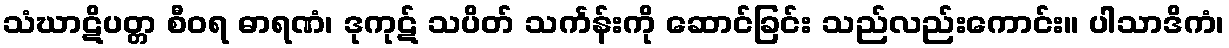
သံဃာဋိပတ္တ စီဝရ ဓာရဏံ၊ ဒုကုဋ် သပိတ် သင်္ကန်းကို ဆောင်ခြင်း သည်လည်းကောင်း။ ပါသာဒိကံ၊